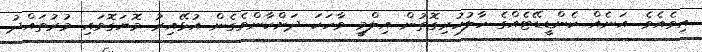
އިވެއެވެ. އަނެއް ކެންޑީޑޭޓެއްގެ ހާލުހުރިގޮތުން އިލްމީ ވާހަކަ ދަށްކާންވެގެން އުޅޭއިރު މޮޔަގޮވައި މުރުތައްދު